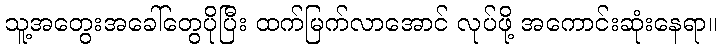
သူ့အတွေးအခေါ်တွေပိုပြီး ထက်မြက်လာအောင် လုပ်ဖို့ အကောင်းဆုံးနေရာ။